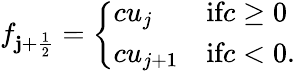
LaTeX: f_{\mathbf{j}+\frac{{1}}{{2}}}=\left\{ \begin{array}{ll}{cu_{j}}&{\textnormal{if}c\ge 0}\\ {cu_{j+1}}&{\textnormal{if}c<0.}\end{array}\right.